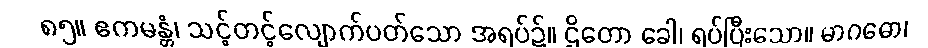
၈၅။ ဧကမန္တံ၊ သင့်တင့်လျောက်ပတ်သော အရပ်၌။ ဌိတော ခေါ၊ ရပ်ပြီးသော။ မာဂဓော၊